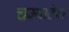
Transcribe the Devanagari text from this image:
चम्पादेश